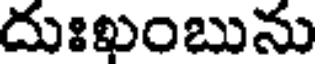
దుఃఖంబును